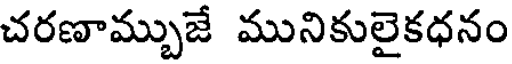
చరణామ్బుజే మునికులైకధనం